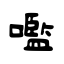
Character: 嚂